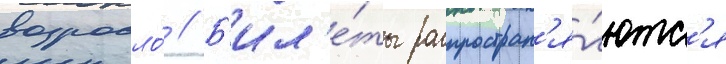
возросло́ // Б'ил'е́ты распростран'я́ютс'я